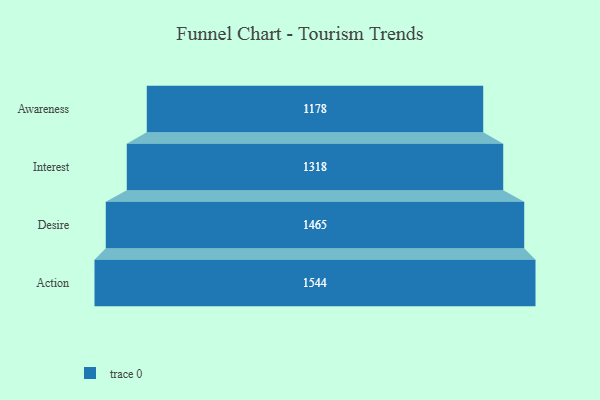
{"axis": {"x": "Stage", "y": "Value"}, "legend": [""], "data": [{"x": "Awareness", "y": 1178.0, "type": ""}, {"x": "Interest", "y": 1318.0, "type": ""}, {"x": "Desire", "y": 1465.0, "type": ""}, {"x": "Action", "y": 1544.0, "type": ""}]}